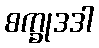
စက္ခုဒဒါ